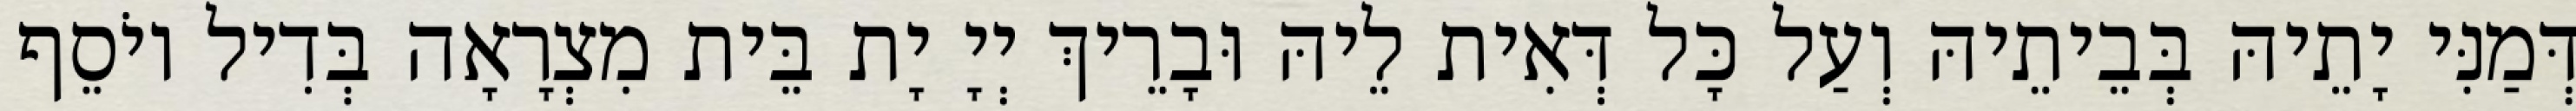
דְּמַנִּי יָתֵיהּ בְּבֵיתֵיהּ וְעַל כָּל דְּאִית לֵיהּ וּבָרֵיךְ יְיָ יָת בֵּית מִצְרָאָה בְּדִיל יוֹסֵף